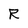
Character: R